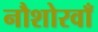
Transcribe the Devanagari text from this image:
नौशोरवाँ